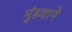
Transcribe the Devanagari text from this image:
मुंडवाने